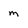
Character: m